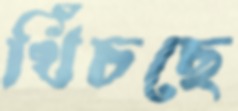
খিঁচছে